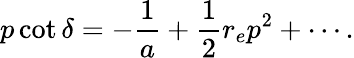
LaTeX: p\cot\delta=-\frac{1}{a}+\frac 12r_{e}p^{2}+\cdots.